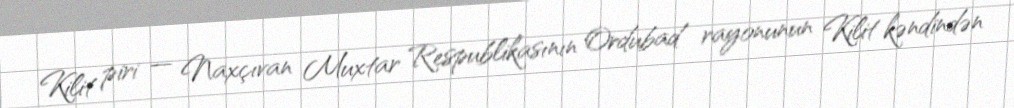
Kilit piri — Naxçıvan Muxtar Respublikasının Ordubad rayonunun Kilit kəndindən